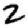
Digit: 2